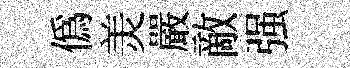
僞羙嚴敵强